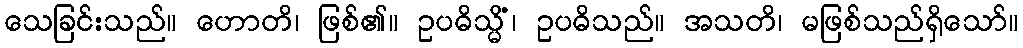
သေခြင်းသည်။ ဟောတိ၊ ဖြစ်၏။ ဥပဓိသ္မိံ၊ ဥပဓိသည်။ အသတိ၊ မဖြစ်သည်ရှိသော်။